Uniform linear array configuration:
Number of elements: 4
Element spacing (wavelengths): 0.25
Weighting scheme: kaiser
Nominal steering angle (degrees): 45
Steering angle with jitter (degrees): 44.747
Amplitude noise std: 0.05
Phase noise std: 0.05

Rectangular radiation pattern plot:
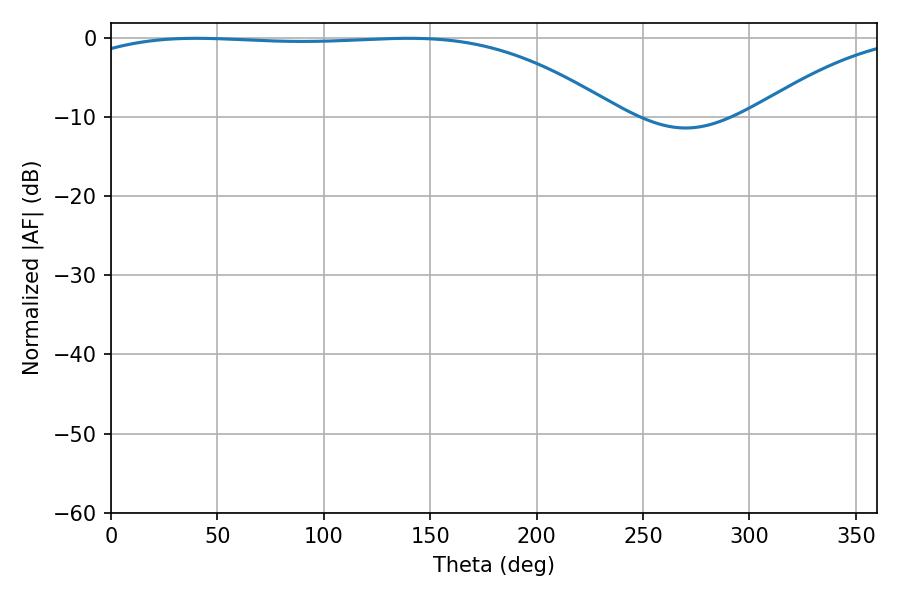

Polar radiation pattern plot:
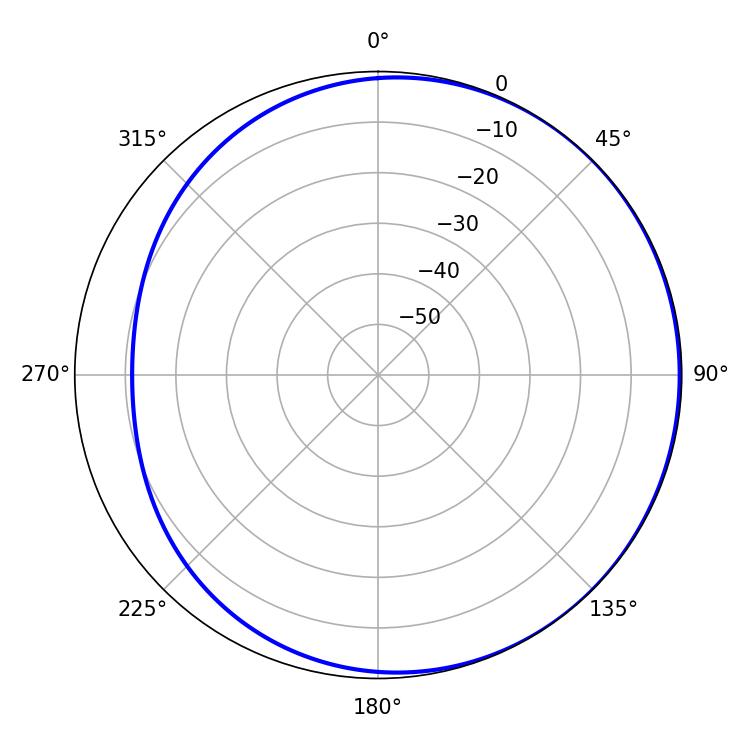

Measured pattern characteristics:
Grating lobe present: FALSE
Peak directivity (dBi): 1.184
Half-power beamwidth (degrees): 198.36
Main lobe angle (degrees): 40.14